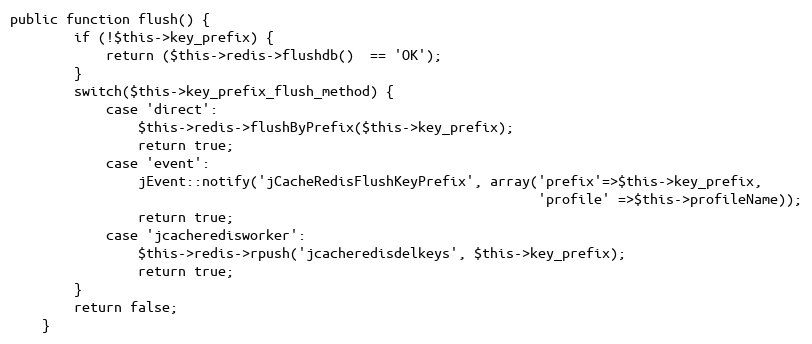
Language: PHP
public function flush() {
        if (!$this->key_prefix) {
            return ($this->redis->flushdb()  == 'OK');
        }
        switch($this->key_prefix_flush_method) {
            case 'direct':
                $this->redis->flushByPrefix($this->key_prefix);
                return true;
            case 'event':
                jEvent::notify('jCacheRedisFlushKeyPrefix', array('prefix'=>$this->key_prefix,
                                                                  'profile' =>$this->profileName));
                return true;
            case 'jcacheredisworker':
                $this->redis->rpush('jcacheredisdelkeys', $this->key_prefix);
                return true;
        }
        return false;
    }